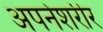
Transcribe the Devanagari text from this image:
अपनेशरीर